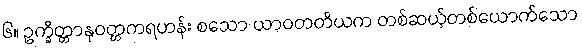
၆။ ဥက္ခိတ္တာနုဝတ္တကရဟန်း စသော ယာဝတတိယက တစ်ဆယ့်တစ်ယောက်သော